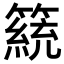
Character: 𥴗